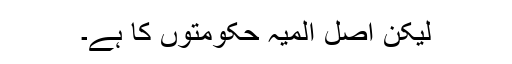
لیکن اصل المیہ حکومتوں کا ہے۔